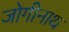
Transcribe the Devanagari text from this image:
जोगीनाथ